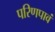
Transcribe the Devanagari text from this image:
परिणपावं